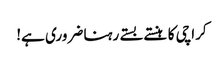
کراچی کا ہنستے بستے رہنا ضروری ہے!